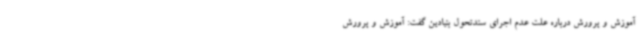
آموزش و پرورش درباره علت عدم اجرای سندتحول بنیادین گفت: آموزش و پرورش